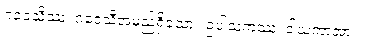
ဂဝေသိဿ၊ ဂဝေသီအမည်ရှိသော။ ဥပါသကဿ၊ ဒါယကာအား။